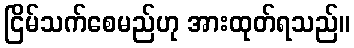
ငြိမ်သက်စေမည်ဟု အားထုတ်ရသည်။